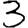
Digit: 3